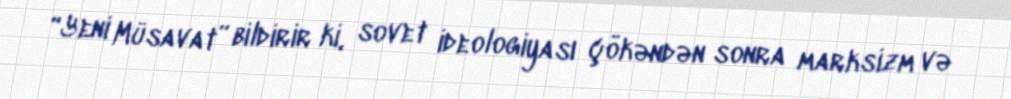
“Yeni Müsavat” bildirir ki, sovet ideologiyası çökəndən sonra marksizm və